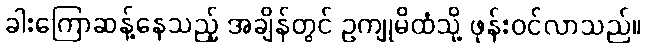
ခါးကြောဆန့်နေသည့် အချိန်တွင် ဥကျုမိထံသို့ ဖုန်းဝင်လာသည်။